Report on horse surra - Volume II, Part II
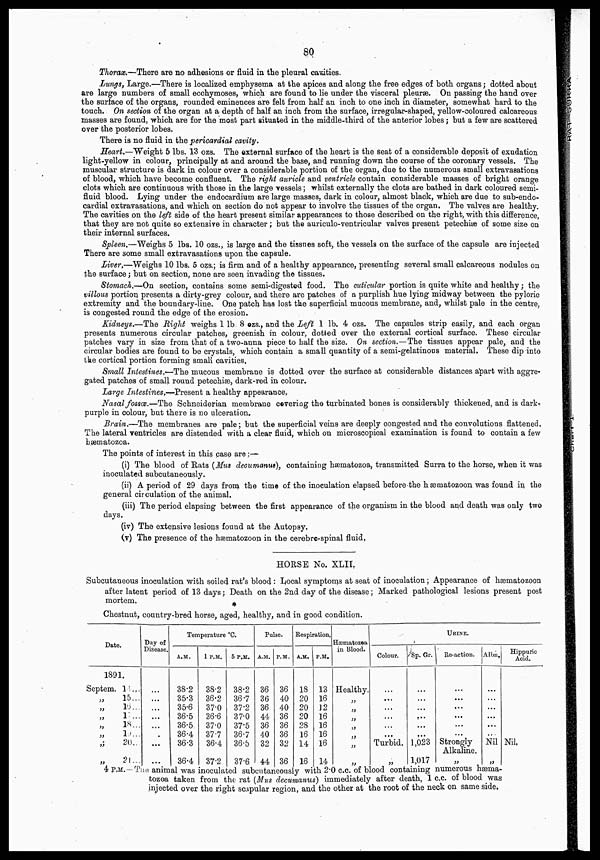
80
RAT
SURRA
Thorax.—There are no adhesions or fluid in the pleural cavities.
Lungs, Large.—There is localized emphysema at the apices and along the free edges of both organs ; dotted about
are large numbers of small ecchymoses, which are found to lie under the visceral pleuræ. On passing the hand over
the surface of the organs, rounded eminences are felt from half an inch to one inch in diameter, somewhat hard to the
touch. On section of the organ at a depth of half an inch from the surface, irregular-shaped, yellow-coloured calcareous
masses are found, which are for the most part situated in the middle-third of the anterior lobes ; but a few are scattered
over the posterior lobes.
There is no fluid in the pericardial cavity.
Heart.—Weight 5 lbs. 13 ozs. The external surface of the heart is the seat of a considerable deposit of exudation
light-yellow in colour, principally at and around the base, and running down the course of the coronary vessels. The
muscular structure is dark in colour over a considerable portion of the organ, due to the numerous small extravasations
of blood, which have become confluent. The right auricle and ventricle contain considerable masses of bright orange
clots which are continuous with those in the large vessels ; whilst externally the clots are bathed in dark coloured semi-
fluid blood. Lying under the endocardium are large masses, dark in colour, almost black, which are due to sub-endo-
cardial extravasations, and which on section do not appear to involve the tissues of the organ. The valves are healthy.
The cavities on the left side of the heart present similar appearances to those described on the right, with this difference,
that they are not quite so extensive in character ; but the auriculo-ventricular valves present petechiæ of some size on
their internal surfaces.
Spleen.—Weighs 5 lbs. 10 ozs., is large and the tissues soft, the vessels on the surface of the capsule are injected
There are some small extravasations upon the capsule.
Liver.—Weighs 10 lbs. 5 ozs.; is firm and of a healthy appearance, presenting several small calcareous nodules on
the surface ; but on section, none are seen invading the tissues.
Stomach.—On section, contains some semi-digested food. The cuticular portion is quite white and healthy ; the
villous portion presents a dirty-grey colour, and there are patches of a purplish hue lying midway between the pyloric
extremity and the boundary-line. One patch has lost the superficial mucous membrane, and, whilst pale in the centre,
is congested round the edge of the erosion.
Kidneys.—The Right weighs 1 lb. 8 ozs., and the Left 1 lb. 4 ozs. The capsules strip easily, and each organ
presents numerous circular patches, greenish in colour, dotted over the external cortical surface. These circular
patches vary in size from that of a two-anna piece to half the size. On section.—The tissues appear pale, and the
circular bodies are found to be crystals, which contain a small quantity of a semi-gelatinous material. These dip into
the cortical portion forming small cavities.
Small Intestines.—The mucous membrane is dotted over the surface at considerable distances apart with aggre-
gated patches of small round petechiæ, dark-red in colour.
Large Intestines.—Present a healthy appearance.
Nasal fossœ.—The Schneiderian membrane covering the turbinated bones is considerably thickened, and is dark-
purple in colour, but there is no ulceration.
Brain.—The membranes are pale; but the superficial veins are deeply congested and the convolutions flattened,
The lateral ventricles are distended with a clear fluid, which on microscopical examination is found to contain a few
hæmatozoa.
The points of interest in this case are :—
(i) The blood of Rats (Mus decumanus), containing hæmatozoa, transmitted Surra to the horse, when it was
inoculated subcutaneously.
(ii) A period of 29 days from the time of the inoculation elapsed before the hæmatozoon was found in the
general circulation of the animal.
(iii) The period elapsing between the first appearance of the organism in the blood and death was only two
days.
(iv) The extensive lesions found at the Autopsy.
(v) The presence of the hæmatozoon in the cerebrc-spinal fluid.
HORSE No. XLII.
Subcutaneous inoculation with soiled rat's blood : Local symptoms at seat of inoculation ; Appearance of hæmatozoon
after latent period of 13 days ; Death on the 2nd day of the disease ; Marked pathological lesions present post
mortem.
Chestnut, country-bred horse, aged, healthy, and in good condition.
Date.
1891.
Septem. 1 ...
„
15...
„ 16 ...
„
17...
„
18...
„ 19...
„ 20 ...
„
21...
Day of
Disease.
...
...
...
..
...
...
...
Temperature °C.
A.M.
38.2
35.3
35.6
36.5
36.5
36.4
36.3
... |36.4
1 P.M.
38.2
36.2
37.0
36.6
37.0
37.7
36.4
37.2
5 P.M.
38.2
36.7
37.2
37.0
37.5
36.7
36.5
37.6
Pulse.
A.M.
36
36
36
44
36
40
32
44
P.M.
36
40
40
36
36
36
32
36
Respiration,
A.M.
18
20
20
20
28
16
14
16
P.M.
13
16
12
16
16
16
16
14
Hæmatozoa
in Blood.
Healthy.
„
„
„
„
„
„
„
URINE.
Colour.
...
...
...
...
...
...
Turbid.
„
Sp. Gr.
...
...
..
...
...
...
1,023
1,017
Re-action.
...
...
...
...
...
...
Strongly
Alkaline.
„
Albn.
...
...
...
...
...
...
Nil
„
Hippuric
Acid.
Nil.
4 P.M. The animal was inoculated subcutaneously with 2.0 c.c. of blood containig numerous hæma¬
tozoa taken from the rat (Mus decumanus) immediately after death, 1 c.c. of blood was
injected over the right scapular region, and the other at the root of the neck on same side.